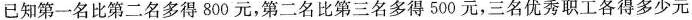
决定将4200元奖金分给三名优秀职工，已知第一名比第二名多得800元，第二名比第三名多得500元，三名优秀职工各得多少元